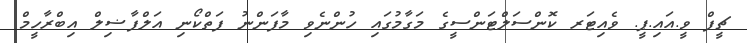
ޗީފް ވީ.އައި.ޕީ. ވެއިޓަރ ކޮންސަލްޓަންސީގެ މަގާމުގައި ހުންނެވި މާފަންނު ފަތްކޯނި އަލްފާޟިލް އިބްރާހީމް